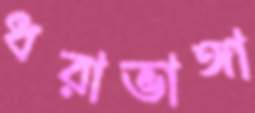
ধরাভাঙ্গা